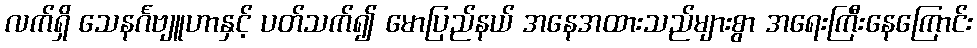
လက်ရှိ သေနင်္ဂဗျူဟာနှင့် ပတ်သက်၍ မောပြည်နယ် အနေအထားသည်များစွာ အရေးကြီးနေကြောင်း